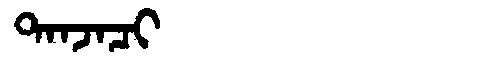
Manchu: ᡨᠠᠨᠵᠠᠴᡳ
Romanization: TANJACI